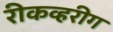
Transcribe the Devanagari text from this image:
रीकव्हरीग